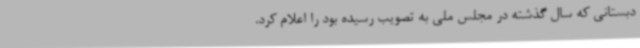
دبستانی که سال گذشته در مجلس ملی به تصویب رسیده بود را اعلام کرد.